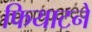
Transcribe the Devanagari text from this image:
फियाटने